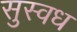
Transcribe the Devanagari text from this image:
सुस्वध